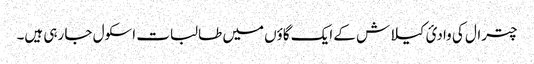
چترال کی وادیٔ کیلاش کے ایک گاؤں میں طالبات اسکول جا رہی ہیں۔